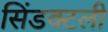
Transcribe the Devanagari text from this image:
सिंडक्टली